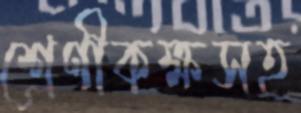
শ্রেণীকক্ষসহ